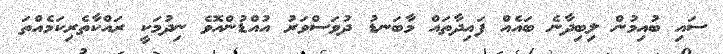
ސައި ބުއިމުން ލިބިދާނެ ބައެއް ފައިދާތައް މާބަނޑު ދުވަސްވަރު އުއްޑުންއޮވެ ނިދުމަކީ ރައްކާތެރިކަމެއްތަ